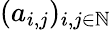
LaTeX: (a_{i,j})_{i,j\in\mathbb{N}}